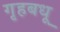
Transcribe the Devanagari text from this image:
गृहबधू